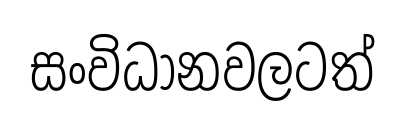
සංවිධානවලටත්